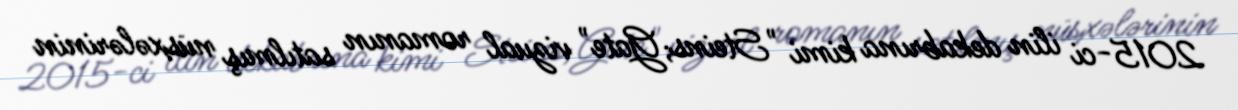
2015-ci ilin dekabrına kimi "Steins;Gate" vizual romanın satılmış nüsxələrinin